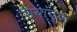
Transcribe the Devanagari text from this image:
शियांच्या